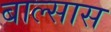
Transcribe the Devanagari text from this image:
बाल्सास